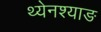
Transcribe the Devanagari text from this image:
थ्येनश्याङ